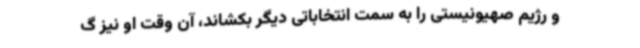
و رژیم صهیونیستی را به سمت انتخاباتی دیگر بکشاند، آن وقت او نیز گ